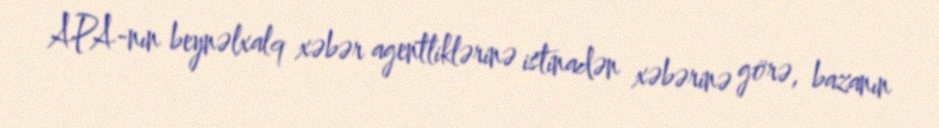
APA-nın beynəlxalq xəbər agentliklərinə istinadən xəbərinə görə, bazanın